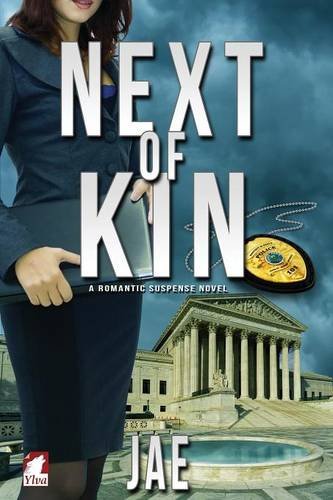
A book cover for Next of Kin; Jae; Romance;